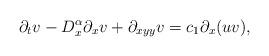
LaTeX: \begin{align*} \partial_tv - D_x^\alpha\partial_xv + \partial_{xyy}v = c_1\partial_x(uv),\end{align*}